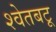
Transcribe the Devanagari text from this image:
श्वेतबटू